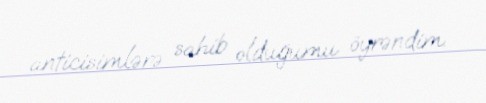
anticisimlərə sahib olduğumu öyrəndim.